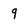
Character: 9